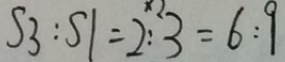
S 3 : S 1 = 2 : 3 = 6 : 9